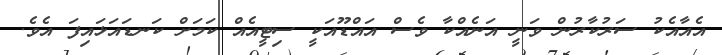
އެއާއެކު ސަރުކާރުން ވަނީ އަނެއްކާ ވެސް އައްޑޫއަކީ ސިޓީއެއް ކަމަށް ކަނޑައަޅައިފަ އެވެ.